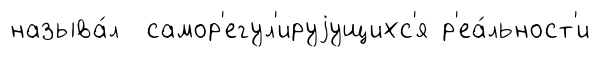
называ́л самор'егул'ируjущихс'я р'еа́льност'и